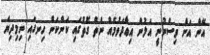
އޭނާ އަށް ވިސްނުނީ އަލުން އިޢާދަވުމެއް ނެތް ގޮތުގައި ކަންކަން ހިނގައި ނިމިދިޔަ